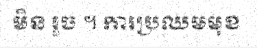
មិន រួច ។ ការប្រឈមមុខ